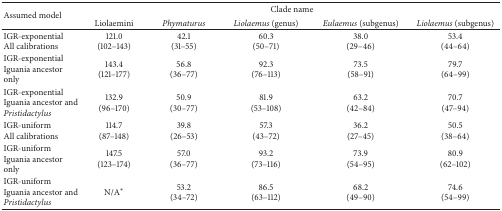
| <ROWSPAN=2> Assumed model | <COLSPAN=5> Clade name |
 | Liolaemini | Phymaturus | Liolaemus (genus) | Eulaemus (subgenus) | Liolaemus (subgenus) |
 | --- | --- | --- | --- | --- | --- |
 | IGR-exponential All calibrations | 121.0(102–143) | 42.1 (31–55) | 60.3(50–71) | 38.0(29–46) | 53.4(44–64) |
 | IGR-exponential Iguania ancestor only | 143.4(121–177) | 56.8(36–77) | 92.3(76–113) | 73.5(58–91) | 79.7(64–99) |
 | IGR-exponential Iguania ancestor and Pristidactylus | 132.9(96–170) | 50.9(30–77) | 81.9(53–108) | 63.2(42–84) | 70.7(47–94) |
 | IGR-uniformAll calibrations | 114.7(87–148) | 39.8(26–53) | 57.3(43–72) | 36.2(27–45) | 50.5(38–64) |
 | IGR-uniformIguania ancestor only | 147.5(123–174) | 57.0(36–77) | 93.2(73–116) | 73.9(54–95) | 80.9(62–102) |
 | IGR-uniformIguania ancestor and Pristidactylus | N/A* | 53.2(34–72) | 86.5(63–112) | 68.2(49–90) | 74.6(54–99) |